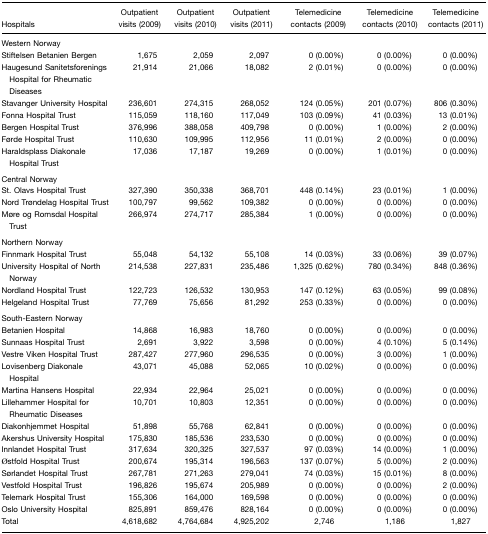
<table><thead><tr><td><b>Hospitals</b></td><td><b>Outpatient visits (2009)</b></td><td><b>Outpatient visits (2010)</b></td><td><b>Outpatient visits (2011)</b></td><td><b>Telemedicine contacts (2009)</b></td><td><b>Telemedicine contacts (2010)</b></td><td><b>Telemedicine contacts (2011)</b></td></tr></thead><tbody><tr><td>Western Norway</td><td></td><td></td><td></td><td></td><td></td><td></td></tr><tr><td>Stiftelsen Betanien Bergen</td><td>1,675</td><td>2,059</td><td>2,097</td><td>0 (0.00%)</td><td>0 (0.00%)</td><td>0 (0.00%)</td></tr><tr><td>Haugesund Sanitetsforenings Hospital for Rheumatic Diseases</td><td>21,914</td><td>21,066</td><td>18,082</td><td>2 (0.01%)</td><td>0 (0.00%)</td><td>0 (0.00%)</td></tr><tr><td>Stavanger University Hospital</td><td>236,601</td><td>274,315</td><td>268,052</td><td>124 (0.05%)</td><td>201 (0.07%)</td><td>806 (0.30%)</td></tr><tr><td>Fonna Hospital Trust</td><td>115,059</td><td>118,160</td><td>117,049</td><td>103 (0.09%)</td><td>41 (0.03%)</td><td>13 (0.01%)</td></tr><tr><td>Bergen Hospital Trust</td><td>376,996</td><td>388,058</td><td>409,798</td><td>0 (0.00%)</td><td>1 (0.00%)</td><td>2 (0.00%)</td></tr><tr><td>Førde Hospital Trust</td><td>110,630</td><td>109,995</td><td>112,956</td><td>11 (0.01%)</td><td>2 (0.00%)</td><td>0 (0.00%)</td></tr><tr><td>Haraldsplass Diakonale Hospital Trust</td><td>17,036</td><td>17,187</td><td>19,269</td><td>0 (0.00%)</td><td>1 (0.01%)</td><td>0 (0.00%)</td></tr><tr><td>Central Norway</td><td></td><td></td><td></td><td></td><td></td><td></td></tr><tr><td>St. Olavs Hospital Trust</td><td>327,390</td><td>350,338</td><td>368,701</td><td>448 (0.14%)</td><td>23 (0.01%)</td><td>1 (0.00%)</td></tr><tr><td>Nord Trøndelag Hospital Trust</td><td>100,797</td><td>99,562</td><td>109,382</td><td>0 (0.00%)</td><td>0 (0.00%)</td><td>0 (0.00%)</td></tr><tr><td>Møre og Romsdal Hospital Trust</td><td>266,974</td><td>274,717</td><td>285,384</td><td>1 (0.00%)</td><td>0 (0.00%)</td><td>0 (0.00%)</td></tr><tr><td>Northern Norway</td><td></td><td></td><td></td><td></td><td></td><td></td></tr><tr><td>Finnmark Hospital Trust</td><td>55,048</td><td>54,132</td><td>55,108</td><td>14 (0.03%)</td><td>33 (0.06%)</td><td>39 (0.07%)</td></tr><tr><td>University Hospital of North Norway</td><td>214,538</td><td>227,831</td><td>235,486</td><td>1,325 (0.62%)</td><td>780 (0.34%)</td><td>848 (0.36%)</td></tr><tr><td>Nordland Hospital Trust</td><td>122,723</td><td>126,532</td><td>130,953</td><td>147 (0.12%)</td><td>63 (0.05%)</td><td>99 (0.08%)</td></tr><tr><td>Helgeland Hospital Trust</td><td>77,769</td><td>75,656</td><td>81,292</td><td>253 (0.33%)</td><td>0 (0.00%)</td><td>0 (0.00%)</td></tr><tr><td>South-Eastern Norway</td><td></td><td></td><td></td><td></td><td></td><td></td></tr><tr><td>Betanien Hospital</td><td>14,868</td><td>16,983</td><td>18,760</td><td>0 (0.00%)</td><td>0 (0.00%)</td><td>0 (0.00%)</td></tr><tr><td>Sunnaas Hospital Trust</td><td>2,691</td><td>3,922</td><td>3,598</td><td>0 (0.00%)</td><td>4 (0.10%)</td><td>5 (0.14%)</td></tr><tr><td>Vestre Viken Hospital Trust</td><td>287,427</td><td>277,960</td><td>296,535</td><td>0 (0.00%)</td><td>3 (0.00%)</td><td>1 (0.00%)</td></tr><tr><td>Lovisenberg Diakonale Hospital</td><td>43,071</td><td>45,088</td><td>52,065</td><td>10 (0.02%)</td><td>0 (0.00%)</td><td>0 (0.00%)</td></tr><tr><td>Martina Hansens Hospital</td><td>22,934</td><td>22,964</td><td>25,021</td><td>0 (0.00%)</td><td>0 (0.00%)</td><td>0 (0.00%)</td></tr><tr><td>Lillehammer Hospital for Rheumatic Diseases</td><td>10,701</td><td>10,803</td><td>12,351</td><td>0 (0.00%)</td><td>0 (0.00%)</td><td>0 (0.00%)</td></tr><tr><td>Diakonhjemmet Hospital</td><td>51,898</td><td>55,768</td><td>62,841</td><td>0 (0.00%)</td><td>0 (0.00%)</td><td>0 (0.00%)</td></tr><tr><td>Akershus University Hospital</td><td>175,830</td><td>185,536</td><td>233,530</td><td>0 (0.00%)</td><td>0 (0.00%)</td><td>0 (0.00%)</td></tr><tr><td>Innlandet Hospital Trust</td><td>317,634</td><td>320,325</td><td>327,537</td><td>97 (0.03%)</td><td>14 (0.00%)</td><td>1 (0.00%)</td></tr><tr><td>Østfold Hospital Trust</td><td>200,674</td><td>195,314</td><td>196,563</td><td>137 (0.07%)</td><td>5 (0.00%)</td><td>2 (0.00%)</td></tr><tr><td>Sørlandet Hospital Trust</td><td>267,781</td><td>271,263</td><td>279,041</td><td>74 (0.03%)</td><td>15 (0.01%)</td><td>8 (0.00%)</td></tr><tr><td>Vestfold Hospital Trust</td><td>196,826</td><td>195,674</td><td>205,989</td><td>0 (0.00%)</td><td>0 (0.00%)</td><td>2 (0.00%)</td></tr><tr><td>Telemark Hospital Trust</td><td>155,306</td><td>164,000</td><td>169,598</td><td>0 (0.00%)</td><td>0 (0.00%)</td><td>0 (0.00%)</td></tr><tr><td>Oslo University Hospital</td><td>825,891</td><td>859,476</td><td>828,164</td><td>0 (0.00%)</td><td>0 (0.00%)</td><td>0 (0.00%)</td></tr><tr><td>Total</td><td>4,618,682</td><td>4,764,684</td><td>4,925,202</td><td>2,746</td><td>1,186</td><td>1,827</td></tr></tbody></table>